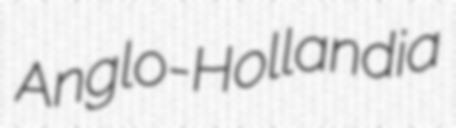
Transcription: Anglo-Hollandia